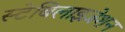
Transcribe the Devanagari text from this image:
स्टेबिलाइज़ेशन